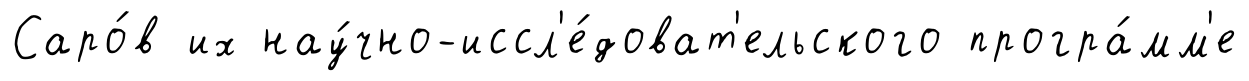
Саро́в их нау́чно-иссл'е́доват'ельского програ́мм'е